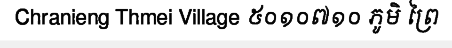
Chranieng Thmei Village ៥០១០៧១០ ភូមិ ព្រៃ